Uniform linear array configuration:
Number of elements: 24
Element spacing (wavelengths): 1
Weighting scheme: kaiser
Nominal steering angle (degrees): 15
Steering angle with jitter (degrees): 13.179
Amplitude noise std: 0.05
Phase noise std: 0.05

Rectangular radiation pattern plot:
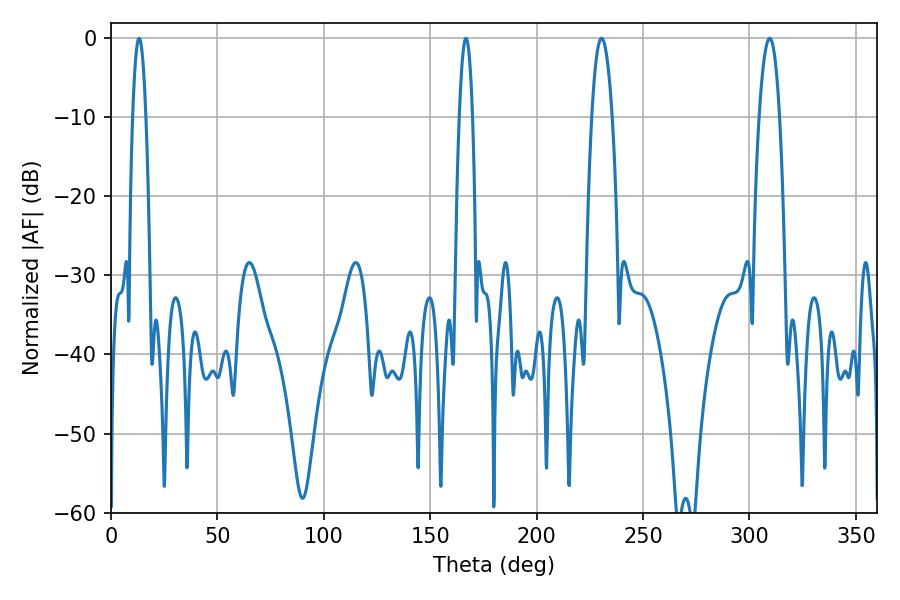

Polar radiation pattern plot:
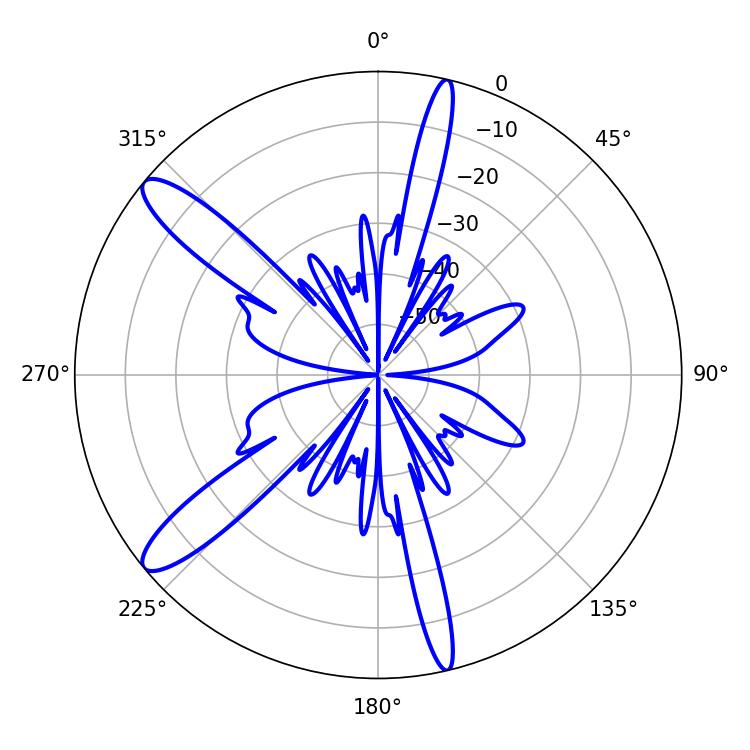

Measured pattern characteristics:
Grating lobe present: TRUE
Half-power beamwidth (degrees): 5.4
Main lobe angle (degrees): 309.42